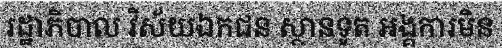
រដ្ឋាភិបាល វិស័យឯកជន ស្ថានទូត អង្គការមិន